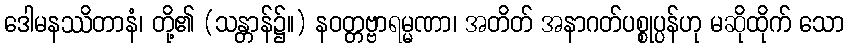
ဒေါမနဿိတာနံ၊ တို့၏ (သန္တာန်၌။) နဝတ္တဗ္ဗာရမ္မဏာ၊ အတိတ် အနာဂတ်ပစ္စုပ္ပန်ဟု မဆိုထိုက် သော